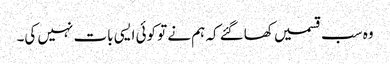
وہ سب قسمیں کھاگئے کہ ہم نے تو کوئی ایسی بات نہیں کی۔